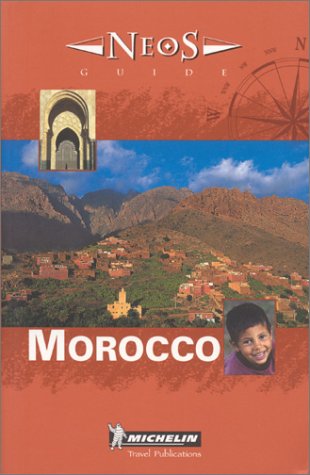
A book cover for Michelin NEOS Guide Morocco, 1e; Michelin; Travel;